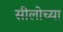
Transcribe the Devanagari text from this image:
सीलोच्या